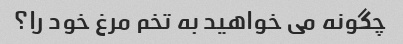
چگونه می خواهید به تخم مرغ خود را؟